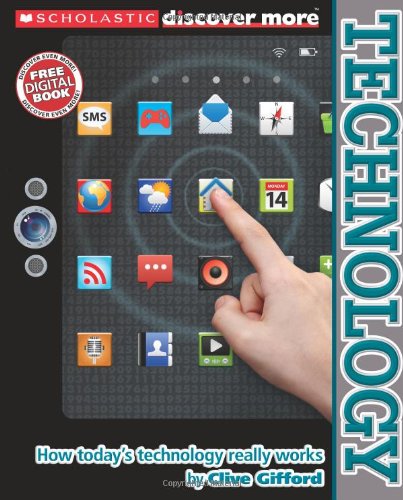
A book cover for Scholastic Discover More: Technology; Mr. Clive Gifford; Children's Books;